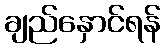
ချည်နှောင်ရန်